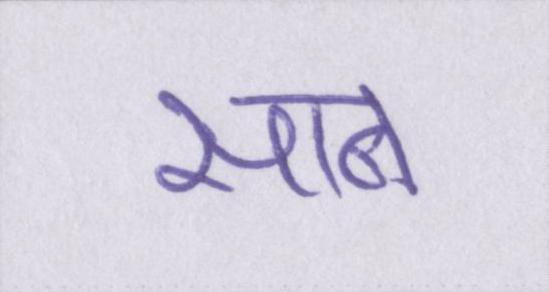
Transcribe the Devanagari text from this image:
साब